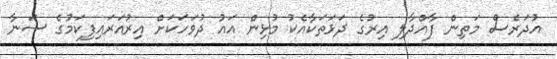
އުދަރެސް މަތިން ފާއްދާލި އިރުގެ ދަޅަތަކާއެކު މުޅިން އައު ދުވަހަކަށް އިރުއަރައިފިކަމުގެ ސަނާ